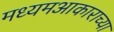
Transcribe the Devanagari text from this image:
मध्यमआकाराच्या